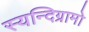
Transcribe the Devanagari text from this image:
स्यन्दिग्रामो